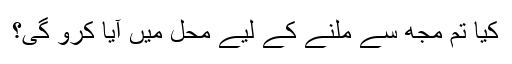
کیا تم مجھ سے ملنے کے لیے محل میں آیا کرو گی؟